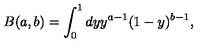
B ( a , b ) = \int _ { 0 } ^ { 1 } d y y ^ { a - 1 } ( 1 - y ) ^ { b - 1 } ,